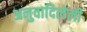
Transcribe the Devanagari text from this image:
अनुवादिलेली